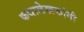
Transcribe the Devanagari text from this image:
कथालेखकांनी